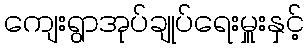
ကျေးရွာအုပ်ချုပ်ရေးမှူးနှင့်